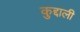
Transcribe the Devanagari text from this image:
कुद्दाली